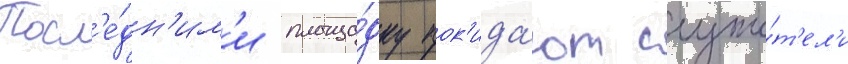
Посл'е́дн'им'и площа́дку пок'ида́ют служи́т'ел'и